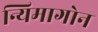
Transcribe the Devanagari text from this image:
न्यिमागोन